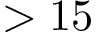
> 1 5